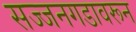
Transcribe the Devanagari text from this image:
सज्जनगडावरून